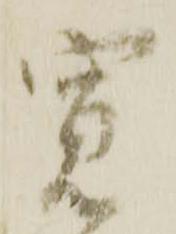
寛